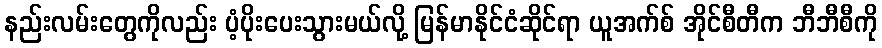
နည်းလမ်းတွေကိုလည်း ပံ့ပိုးပေးသွားမယ်လို့ မြန်မာနိုင်ငံဆိုင်ရာ ယူအက်စ် အိုင်စီတီက ဘီဘီစီကို